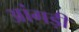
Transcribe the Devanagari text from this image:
आंगड़ी